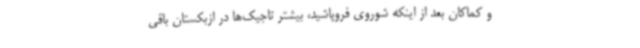
و کماکان بعد از اینکه شوروی فروپاشید، بیشتر تاجیک‌ها در ازبکستان باقی